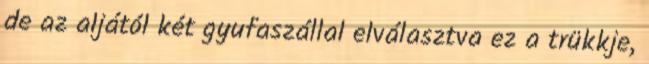
de az aljától két gyufaszállal elválasztva ez a trükkje,